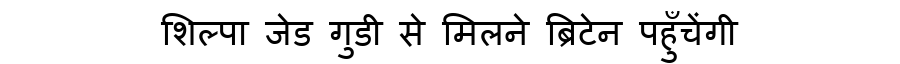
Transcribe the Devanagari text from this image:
शिल्पा जेड गुडी से मिलने ब्रिटेन पहुँचेंगी